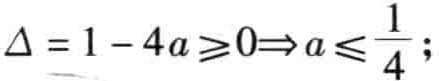
\(\Delta = 1 - 4a \geqslant 0\Rightarrow a \leqslant \frac{1}{4};\)